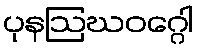
ပုနဩဃဝဂ္ဂေါ